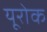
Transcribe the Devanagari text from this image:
यूरोक